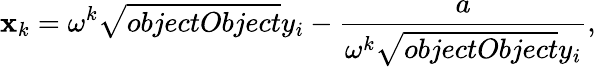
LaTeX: \mathbf{x}_{k}=\omega^{k}{\sqrt{{{objectObject}}}{{y_{i}}}}-{\frac{{a}}{{\omega^{k}{\sqrt{{{objectObject}}}{{y_{i}}}}}}},